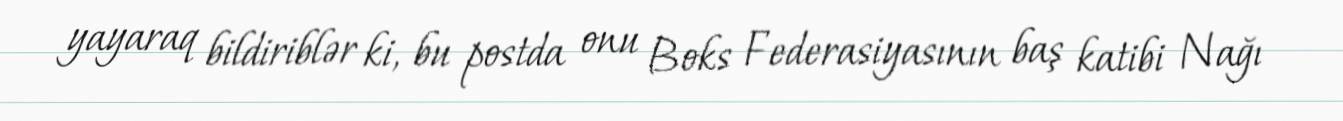
yayaraq bildiriblər ki, bu postda onu Boks Federasiyasının baş katibi Nağı